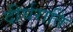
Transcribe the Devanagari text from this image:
दीर्घराति